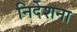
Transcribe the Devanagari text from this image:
निर्देशना